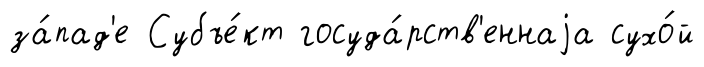
за́пад'е Субъе́кт госуда́рств'еннаjа сухо́й